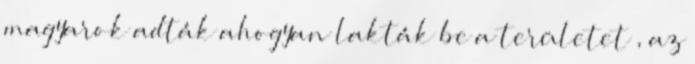
magyarok adták ahogyan lakták be a területet , az